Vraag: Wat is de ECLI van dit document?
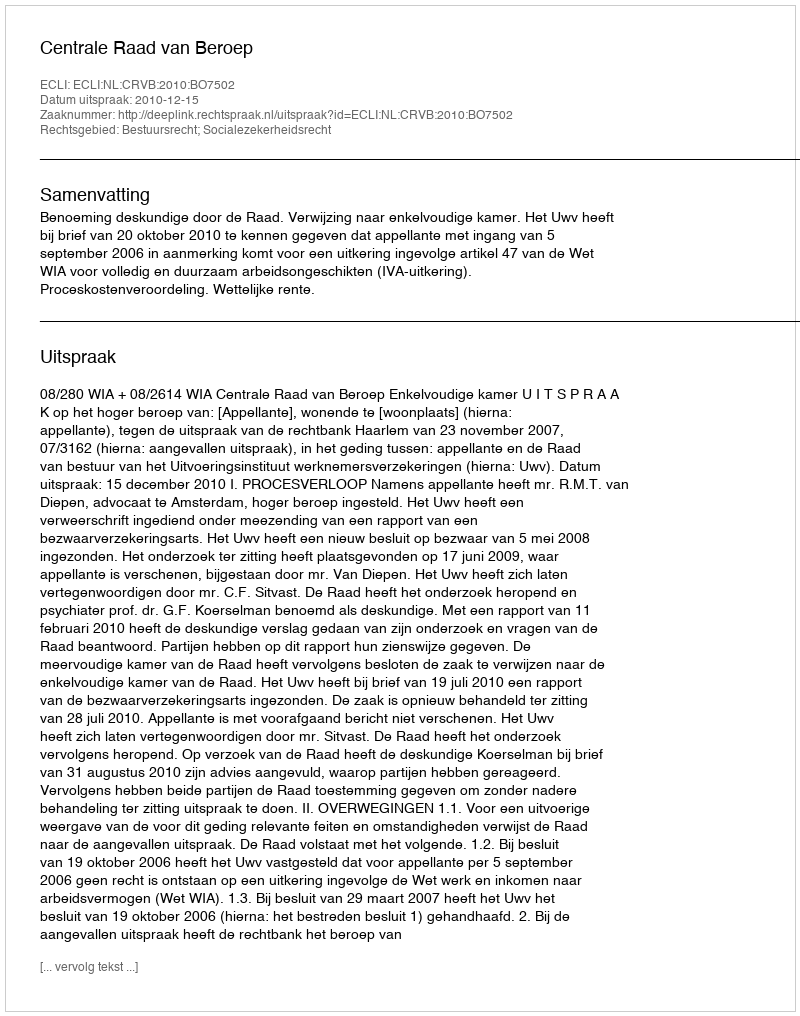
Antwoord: ECLI:NL:CRVB:2010:BO7502